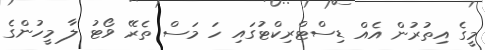
މީގެ އިތުރުން އެއް ޑިސްޓްރިކްޓުގައި ހަ މަސް ތެރޭ ވޯޓު ލާ މީހުންގެ